Report on vaccination in Madras 1877-1894 - 1877-1894
Year: 1877
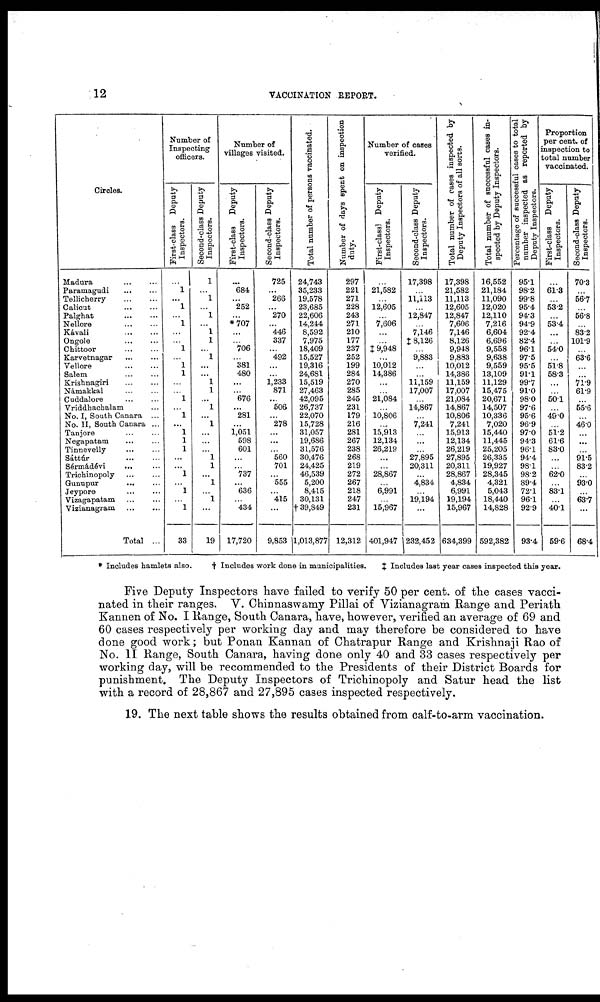
12
VACCINATION REPORT.
Circles.
Madura
...
...
Paramagudi
...
...
Tellicherry
...
...
Calicut
...
...
Palghat
...
...
Nellore
...
...
Kávali
...
...
Ongole
...
...
Chittoor
...
...
Karvetnagar ... ...
Vellore
...
...
Salem
...
...
Krishnagiri
...
...
Námakkal
...
...
Cuddalore
...
...
Vriddhachalam ...
No. I, South Canara ...
No. II, South Canara ...
Tanjore
...
...
Negapatam
...
...
Tinnevelly
...
...
Sáttúr
...
...
Sérmádévi
... ...
Trichinopoly
...
...
Gunupur
...
...
Jeypore ... ...
Vizagapatam
...
...
Vizianagram
...
...
Total ...
Number of
Inspecting
officers.
First-class Deputy
Inspectors.
...
1
...
1
...
1
...
...
1
...
1
1
...
...
1
...
1
...
1
1
1
...
...
1
...
1
...
1
33
Second-class Deputy
Inspectors.
1
...
1
...
1
...
1
1
...
1
...
...
1
1
...
1
...
1
...
...
...
1
1
...
1
...
1
...
19
Number of
villages visited.
First-class Deputy
Inspectors.
...
684
...
252
...
*707
...
...
706
...
381
480
...
...
676
...
281
...
1,051
598
601
...
...
737
...
636
...
434
17,720
Second-class Deputy
Inspectors.
725
...
266
...
270
...
446
337
...
492
...
1,233
871
...
506
...
278
...
...
...
560
701
...
555
...
415
...
9,853
Total number of persons vaccinated.
24,743
35,233
19,578
23,685
22,606
14,244
8,592
7,975
18,409
15,527
19,316
24,681
15,519
27,463
42,095
26,737
22,070
15,728
31,057
19,686
31,576
30,476
24,425
46,539
5,200
8,415
30,131
† 39,849
1,013,877
Number of days spent on inspection
duty.
297
221
271
228
243
271
210
177
237
252
199
284
270
285
245
231
179
216
281
267
238
268
219
272
267
218
247
231
12,312
Number of cases
verified.
First-class Deputy
Inspectors.
...
21,582
...
12,605
...
7,606
...
...
‡ 9,948
...
10,012
14,386
...
...
21,084
...
10,806
...
15,913
12,134
26,219
...
...
28,867
...
6,991
...
15,967
401,947
Second-class Deputy
Inspectors.
17,398
...
11,113
...
12,847
...
7,146
‡8,126
...
9,883
...
...
11,159
17,007
...
14,867
...
7,241
...
...
...
27,895
20,311
...
4,834
...
19,194
...
232,452
Total number of cases inspected by
Deputy Inspectors of all sorts.
17,398
21,582
11,113
12,605
12,847
7,606
7,146
8,126
9,948
9,883
10,012
14,386
11,159
17,007
21,084
14,867
10,806
7,241
15,913
12,134
26,219
27,895
20,311
28,867
4,834
6,991
19,194
15,967
634,399
Total number of successful cases in-
spected by Deputy Inspectors.
16,552
21,184
11,090
12,020
12,110
7,216
6,604
6,696
9,558
9,638
9,559
13,109
11,129
15,475
20,671
14,507
10,336
7,020
15,440
11,445
25,205
26,335
19,927
28,345
4,321
5,043
18,440
14,828
592,382
Percentage of successful cases to total
number inspected as reported by
Deputy Inspectors.
95.1
98.2
99.8
95.4
94.3
94.9
92.4
82.4
96.1
97.5
95.5
91.1
99.7
91.0
98.0
97.6
95.6
96.9
97.0
94.3
96.1
94.4
98.1
98.2
89.4
72.1
96.1
92.9
93.4
Proportion
per cent. of
inspection to
total number
vaccinated.
First-class Deputy
Inspectors.
...
61.3
...
53.2
...
53.4
...
...
54.0
...
51.8
58.3
...
...
50.1
...
49.0
...
51.2
61.6
83.0
...
...
62.0
...
83.1
...
40.1
59.6
Second-class Deputy
Inspectors.
70.3
...
66.7
...
56.8
...
83.2
101.9
...
63.6
...
...
71.9
61.9
...
55.6
...
46.0
...
...
...
91.5
83.2
...
93.0
...
63.7
...
68.4
* Includes hamlets also.
† Includes work done in municipalities.
‡ Includes last year cases inspected this year.
Five Deputy Inspectors have failed to verify 50 per cent. of the cases vacci-
nated in their ranges. V. Chinnaswamy Pillai of Vizianagram Range and Periath
Kannen of No. I Range, South Canara, have, however, verified an average of 69 and
60 cases respectively per working day and may therefore be considered to have
done good work; but Ponan Kannan of Chatrapur Range and Krishnaji Rao of
No. II Range, South Canara, having done only 40 and 33 cases respectively per
working day, will be recommended to the Presidents of their District Boards for
punishment. The Deputy Inspectors of Trichinopoly and Satur head the list
with a record of 28,867 and 27,895 cases inspected respectively.
19. The next table shows the results obtained from calf-to-arm vaccination.